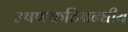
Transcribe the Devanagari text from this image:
उषणकटिबन्धीय